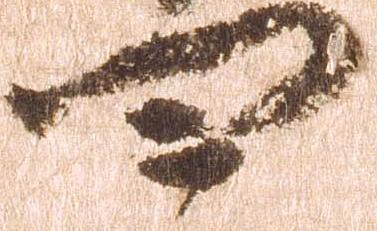
四